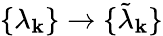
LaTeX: \{ \lambda_{\mathbf{k}}\} \rightarrow\{ \tilde{{\lambda}}_{\mathbf{k}}\}